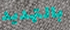
بالتهديد